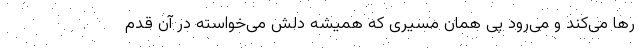
رها می‌کند و می‌رود پی همان مسیری که همیشه دلش می‌خواسته در آن قدم